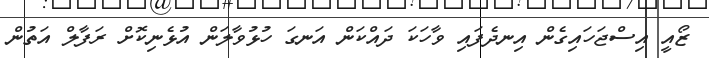
ޒޯއީ އިސްޖަހައިގެން އިނދެފައި ވާހަކަ ދައްކަން އަނގަ ހުޅުވާލަން އުޅެނިކޮށް ރަފާލް އަތުން